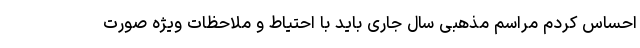
احساس کردم مراسم مذهبی سال جاری باید با احتیاط و ملاحظات ویژه صورت